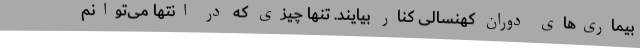
بیماری‌های دوران کهنسالی کنار بیایند. تنها چیزی که در انتها می‌توانم